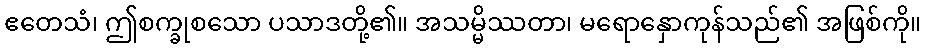
ဧတေသံ၊ ဤစက္ခုစသော ပသာဒတို့၏။ အသမ္မိဿတာ၊ မရောနှောကုန်သည်၏ အဖြစ်ကို။